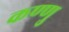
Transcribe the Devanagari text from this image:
कण्णु